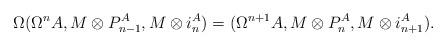
LaTeX: \begin{align*}\Omega(\Omega^n A, M\otimes P^A_{n-1}, M\otimes i^A_n) & =(\Omega^{n+1} A, M\otimes P^A_{n}, M\otimes i^A_{n+1}).\end{align*}